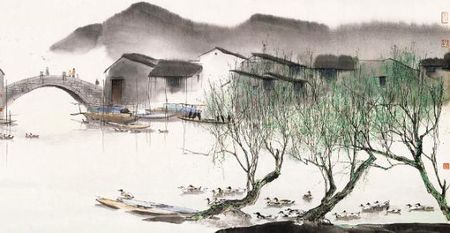
燎沉香，消溽暑。